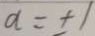
a = \pm 1